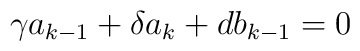
\gamma a_{k-1} + \delta a_k + d b_{k-1} = 0